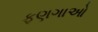
ફણગાઓ